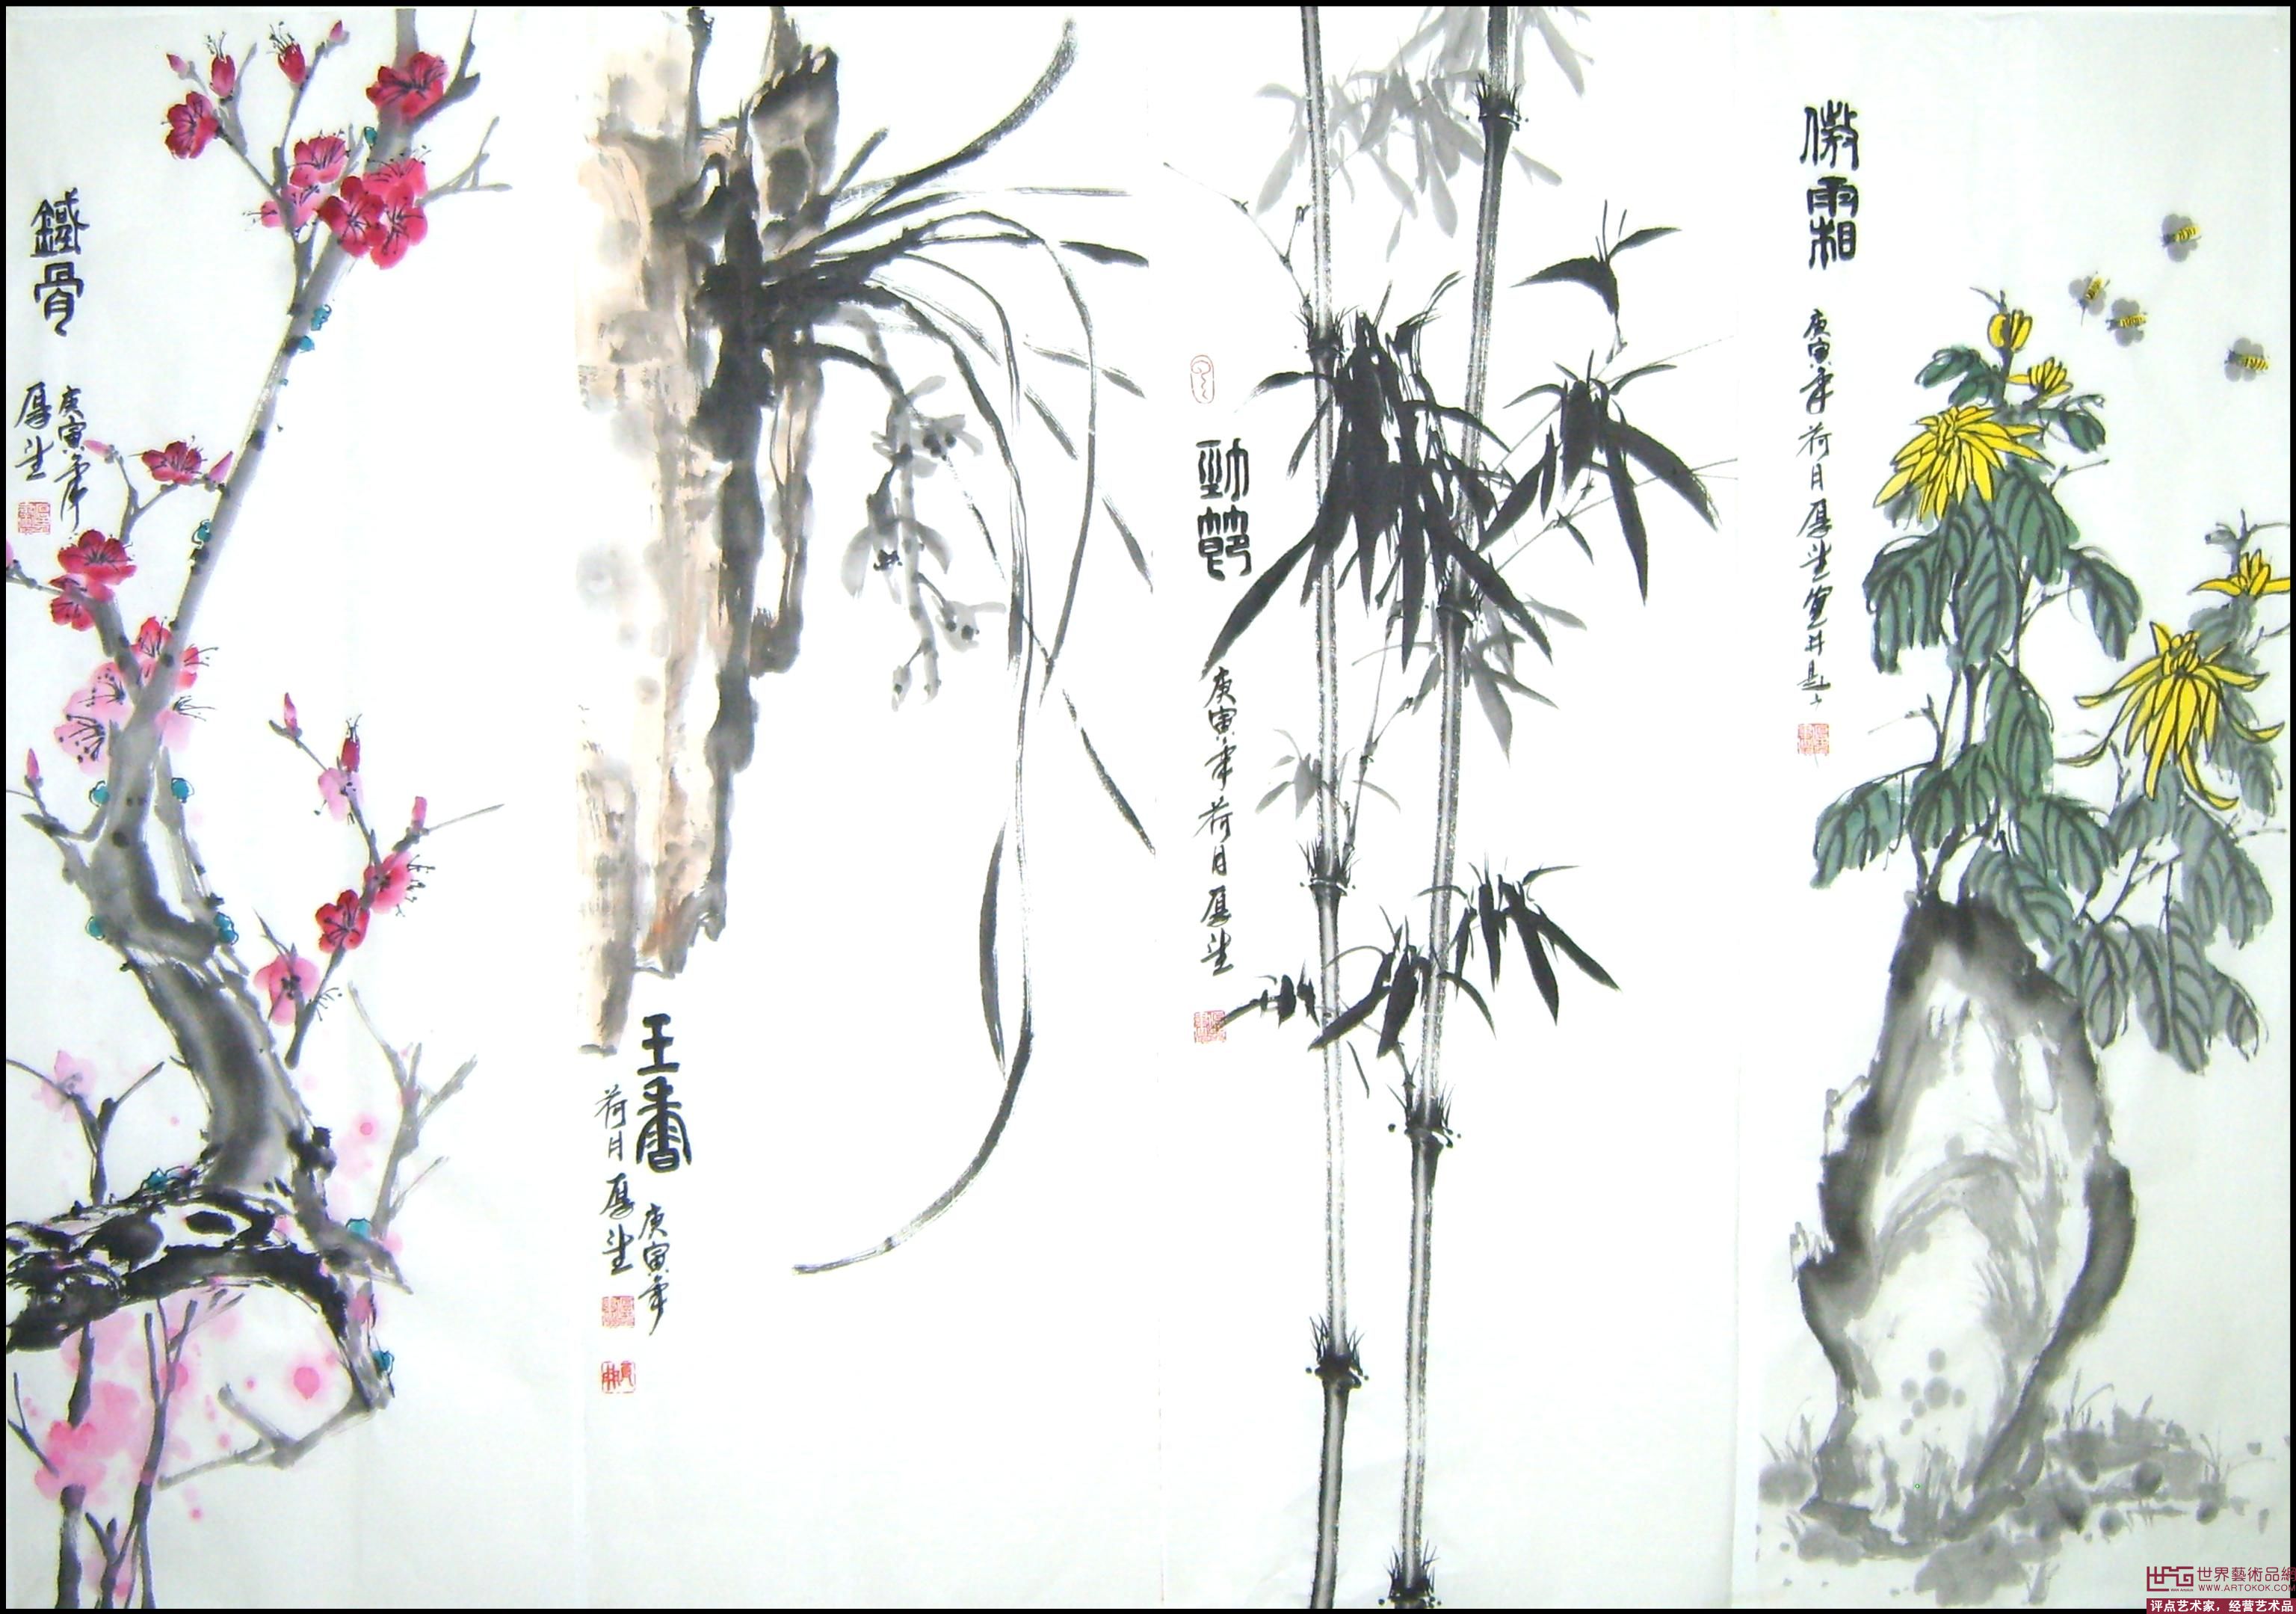
兰帐玉人睡觉，怪春衣雪沾琼缀。